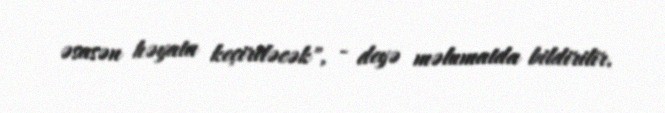
əsasən həyata keçiriləcək", - deyə məlumatda bildirilir.